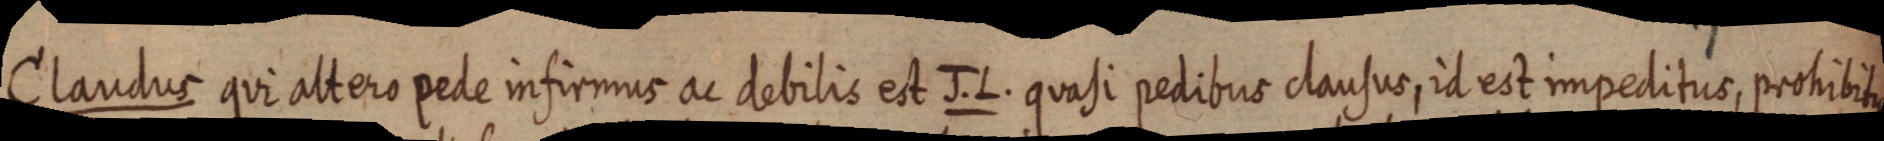
Claudus qui altero pede infirmus ac debilis est J. L. quasi pedibus clausus, id est impeditus, prohibitus